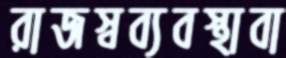
রাজস্বব্যবস্থাবা